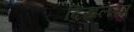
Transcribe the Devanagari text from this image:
दिखलया